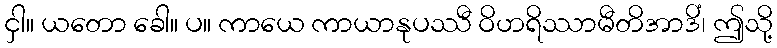
ငှါ။ ယတော ခေါ။ ပ။ ကာယေ ကာယာနုပဿီ ဝိဟရိဿာမီတိအာဒိံ၊ ဤသို့